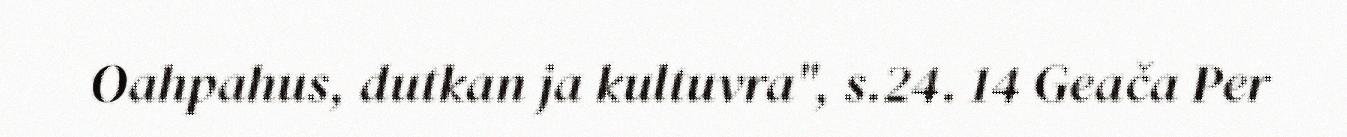
Oahpahus, dutkan ja kultuvra", s.24. 14 Geača Per